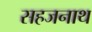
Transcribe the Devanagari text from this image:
सहजनाथ